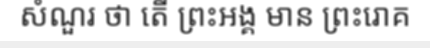
សំណួរ ថា តើ ព្រះអង្គ មាន ព្រះរោគ